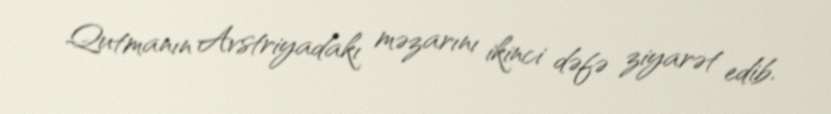
Qutmanın Avstriyadakı məzarını ikinci dəfə ziyarət edib.